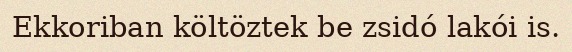
Ekkoriban költöztek be zsidó lakói is.